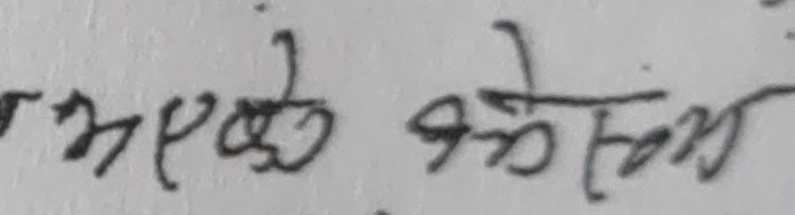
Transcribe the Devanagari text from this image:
भएको भत्रेभ